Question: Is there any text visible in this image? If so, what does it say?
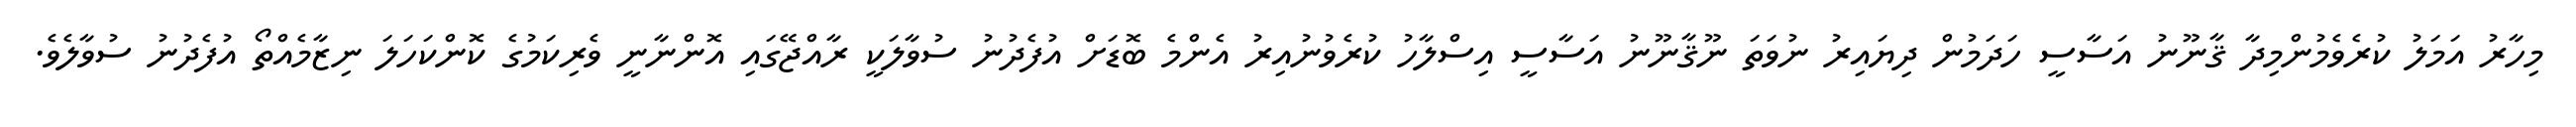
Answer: މިހާރު އަމަލު ކުރެވެމުންމިދާ ޤާނޫނު އަސާސީ ހަދަމުން ދިޔައިރު ނުވަތަ ނޫޤާނޫނު އަސާސީ އިސްލާހު ކުރެވުނުއިރު އެންމެ ބޮޑަށް އުފެދުނު ސުވާލަކީ ރާއްޖޭގައި އޮންނާނީ ވެރިކަމުގެ ކޮންކަހަލަ ނިޒާމެއްތޯ އުފެދުނު ސުވާލެވެ.